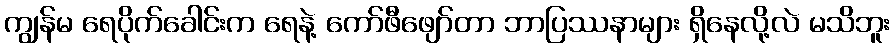
ကျွန်မ ရေပိုက်ခေါင်းက ရေနဲ့ ကော်ဖီဖျော်တာ ဘာပြဿနာများ ရှိနေလို့လဲ မသိဘူး